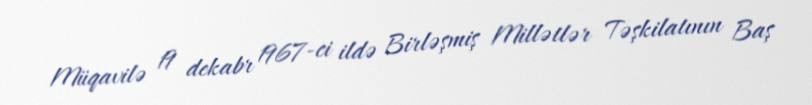
Müqavilə 19 dekabr 1967-ci ildə Birləşmiş Millətlər Təşkilatının Baş